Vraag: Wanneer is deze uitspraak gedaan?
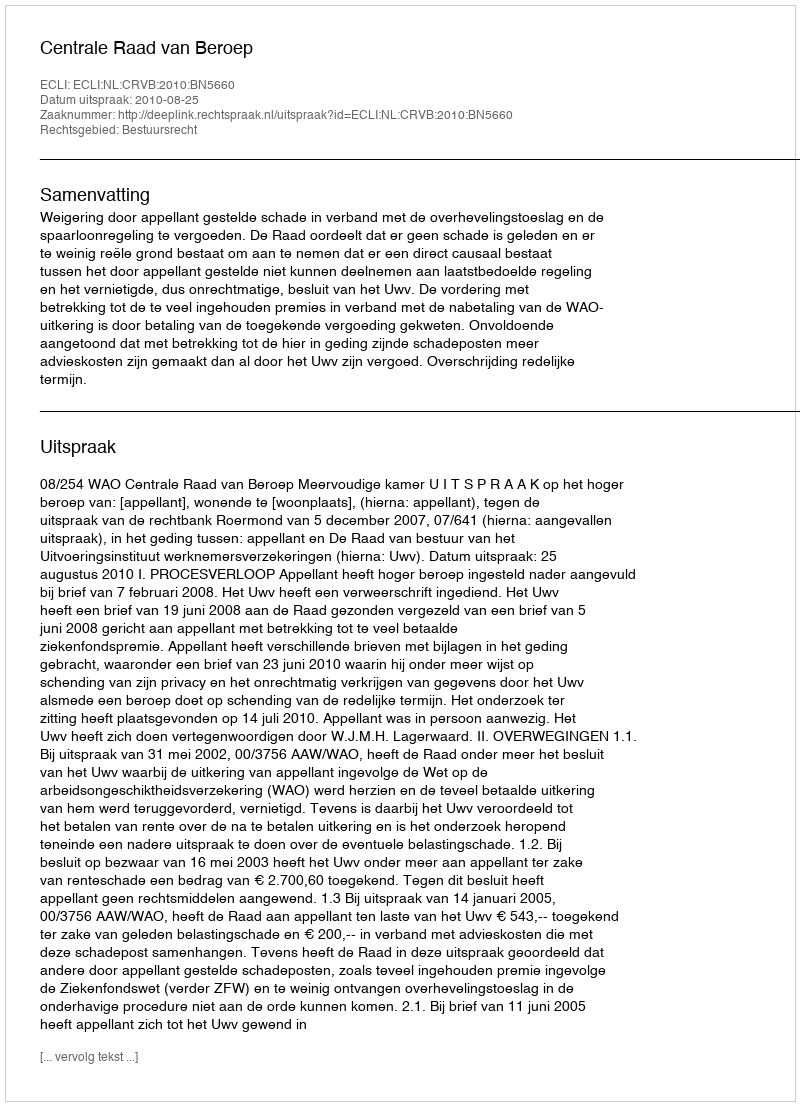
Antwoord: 2010-08-25